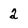
Character: 2